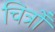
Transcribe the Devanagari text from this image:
चित्रोँ